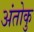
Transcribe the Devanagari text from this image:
अंतोकु